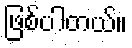
ဖြစ်ပါတယ်။